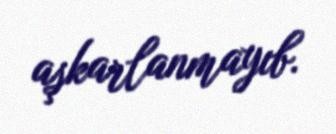
aşkarlanmayıb.